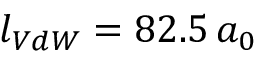
l _ { V d W } = 8 2 . 5 \, a _ { 0 }